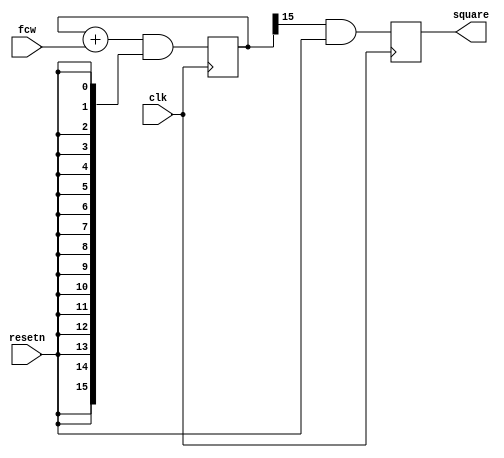
`timescale 1ns/1ps
module NCO
	(
	input clk,
	input resetn,
	input [15:0] fcw,
	output reg square
	);
	
	reg [15:0] SW;
	always @(posedge clk)
	begin
		SW <= (SW + fcw)&({16{resetn}});
	end

	always @(posedge clk)
	begin
		square <= SW[15]&resetn;
	end

endmodule